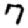
Digit: 7